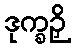
ဒုက္ခဉှိ